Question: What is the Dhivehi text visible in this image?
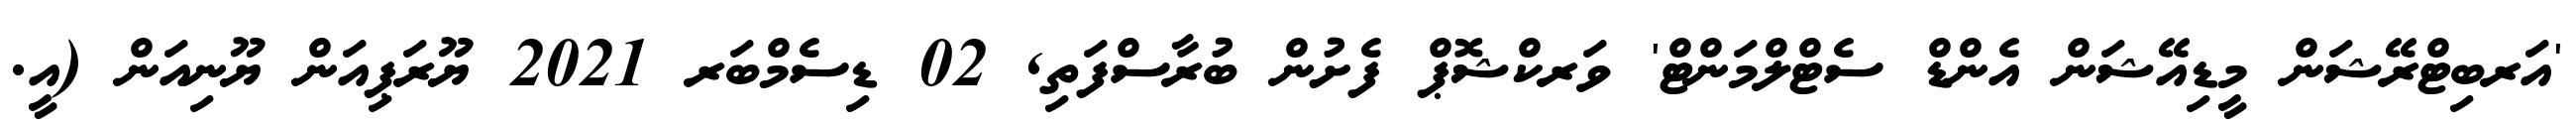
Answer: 'އަރބިޓްރޭޝަން މީޑިއޭޝަން އެންޑް ސެޓްލްމަންޓް' ވަރކްޝޮޕް ފެށުން ބުރާސްފަތި, 02 ޑިސެމްބަރ 2021 ޔޫރަޕިއަން ޔޫނިއަން (އީ.